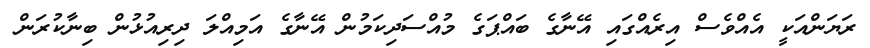
ރަޔަންއަކީ އެއްވެސް އިރެއްގައި އޭނާގެ ބައްޕަގެ މުއްސަދިކަމުން އޭނާގެ އަމިއްލަ ދިރިއުޅުން ބިނާކުރަން